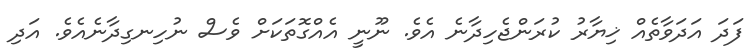
ފަދަ އަދަވާތެއް ޚިޔާރު ކުރަންޖެހިދާނެ އެވެ. ނޫނީ އެއްގޮތަކަށް ވެސް ނުހިނގިދާނެއެވެ. އަދި